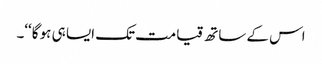
اس کے ساتھ قیامت تک ایسا ہی ہو گا‘‘۔